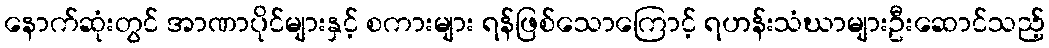
နောက်ဆုံးတွင် အာဏာပိုင်များနှင့် စကားများ ရန်ဖြစ်သောကြောင့် ရဟန်းသံဃာများဦးဆောင်သည့်